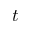
t